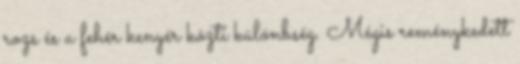
rozs és a fehér kenyér közti különbség. Mégis reménykedett